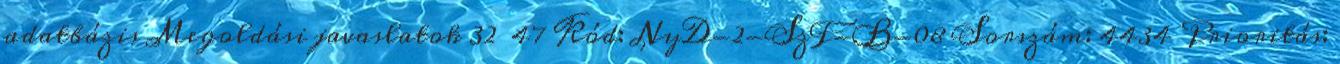
adatbázis Megoldási javaslatok 32 47 Kód: NyD-2-SzF-B-08 Sorszám: 4434 Prioritás: